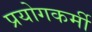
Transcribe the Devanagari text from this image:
प्रयोगकर्मी